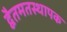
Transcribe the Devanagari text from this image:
द्वैतमतस्थापक